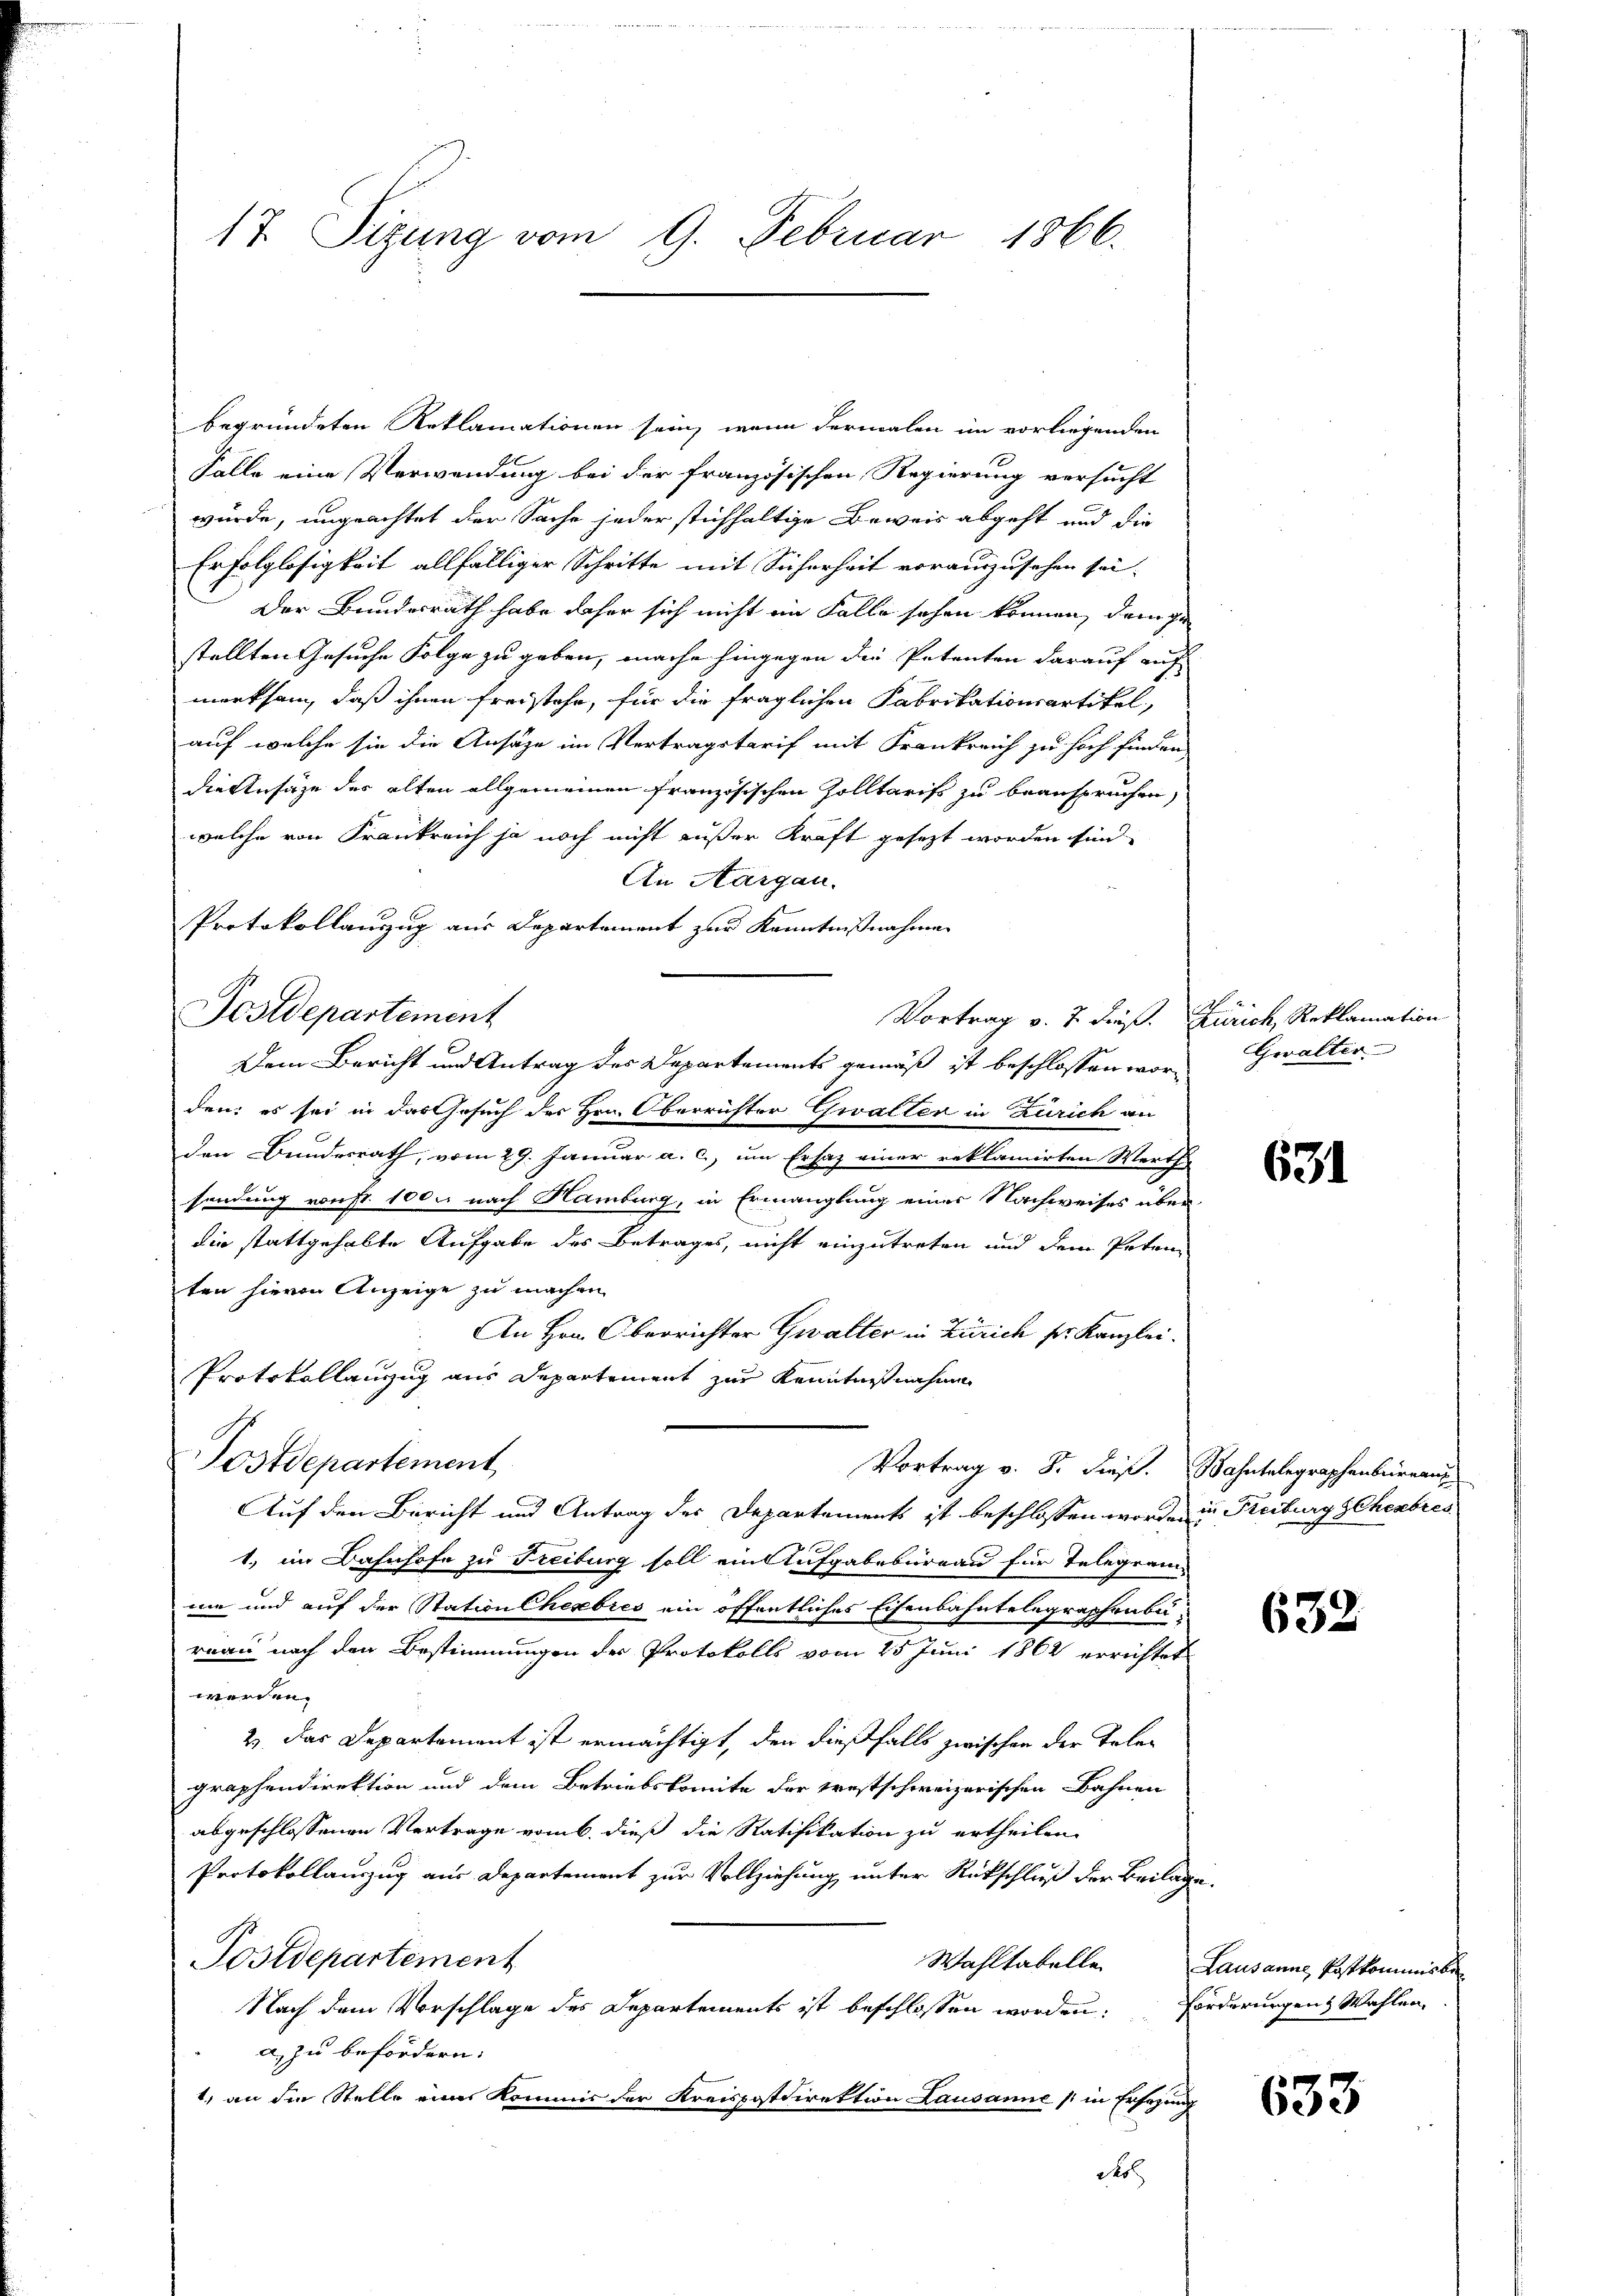
17. Sizung vom 9. Februar 1866.

begründeten Reklamationen sein, wenn dermalen im vorliegenden
Falle eine Verwendung bei der französischen Regierung versucht
würde, ungeachtet der Sache jeder stichhaltige Beweis abgeht und die
Erfolglosigkeit allfälliger Schritte mit Sicherheit vorauszusehen sei.
Der Bundesrath habe daher sich nicht ein Falle sehen können, dem ge
stellten Gesuche Folge zu geben, mache hingegen die Petenten darauf auf
merksam, daß ihnen freistehe, für die fraglichen Fabrikationsartikel,
auf welche sie die Ansäze im Vertragstarif mit Frankreich zu hoch finden,
die Ansätze der alten allgemeinen Französischen Zolltaris zu beanspruchen,
welche von Frankreich ja noch nicht außer Kraft gesezt worden sind.
An Aargau.
Protokollanzug aus Departement zur Kenntnißnahmen
Vortrag v. 7. dieß. Zürich, Reklamation
den: es sei in das Gesuch des Hrn. Oberrichter Gwalter in Zürich an
den Bundesrath, vom 29. Januar a. c., um Ersaz einer reklamirten Werthe
sendung von Fr. 100. nach Hamburg, in Ermanglung eines Nachweises überdie stattgehabte Aufgabe des Betrages, nicht einzutreten und dem Peten
ten hievon Anzeige zu machen.
An Hrn. Oberrichter Gwalter in Zürich sr. Kanzlei.
Protokollanzug aus Departement zur Kenntnißnahmen
Postdepartement
Vortrag v. 8. dieß. Bahntelegraphenbüreau
Auf den Bericht und Antrag des Departements ist beschlossen worden in Reiburg Schenbres
1., im Bahnhofe zu Freiburg soll ein Aufgabebureau für Telegrammie und auf der Station herbres ein öffentliches Eisenbahntelegraphenbü-
rnau nach den Bestimmungen der Protokolls vom 25 Juni 1862 errichtet
werden.
2.) Das Departement ist ermächtigt, den dießfalls zwischen der Telegraphendirektion und dem Betriebskomite der prestschweizerischen Bahnen
abgeschlossenen Vertrage vom 6. dieß die Ratifikation zu ertheilen.
Protokollauszug aus Departement zur Vollziehung unter Rückschluß der Beilage.
Postdepartement
Wahltabelle
Nach dem Vorschlage des Departements ist beschlossen worden:
a) zu befördern.
1) an die Stelle einer Kommis der Kreispostdirektion Lausanne   in Ersezung

Festdepartement

Dem Bericht und Antrag des Departements gemäß ist beschlossen wor¬

Gwalter

631

632.

Lausanne, Postkommisber
Forderungen Wahlen

633